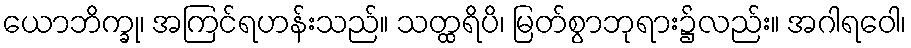
ယောဘိက္ခု၊ အကြင်ရဟန်းသည်။ သတ္ထရိပိ၊ မြတ်စွာဘုရား၌လည်း။ အဂါရဝေါ၊